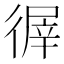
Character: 𢕌